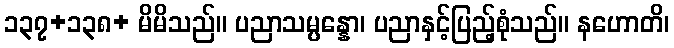
၁၃၇+၁၃၈+ မိမိသည်။ ပညာသမ္ပန္နော၊ ပညာနှင့်ပြည့်စုံသည်။ နဟောတိ၊